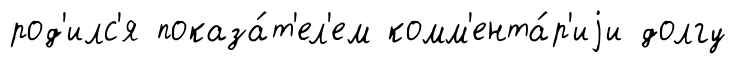
род'илс'я показа́т'ел'ем комм'ента́р'иjи долгу